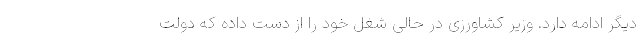
دیگر ادامه دارد. وزیر کشاورزی در حالی شغل خود را از دست داده که دولت